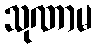
သုဏာမ